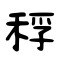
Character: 稃